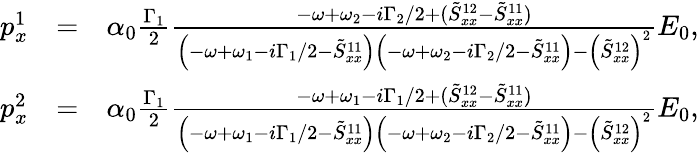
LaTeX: \begin{array}{rlr}{p_{x}^{1}}&{=}&{\alpha_{0}\frac{\Gamma_{1}}{2}\frac{-\omega+\omega_{2}-i\Gamma_{2}/2+(\tilde{S}_{xx}^{12}-\tilde{S}_{xx}^{11})}{\left(-\omega+\omega_{1}-i\Gamma_{1}/2-\tilde{S}_{xx}^{11}\right)\left(-\omega+\omega_{2}-i\Gamma_{2}/2-\tilde{S}_{xx}^{11}\right)-\left(\tilde{S}_{xx}^{12}\right)^{2}}E_{0},}\\ {p_{x}^{2}}&{=}&{\alpha_{0}\frac{\Gamma_{1}}{2}\frac{-\omega+\omega_{1}-i\Gamma_{1}/2+(\tilde{S}_{xx}^{12}-\tilde{S}_{xx}^{11})}{\left(-\omega+\omega_{1}-i\Gamma_{1}/2-\tilde{S}_{xx}^{11}\right)\left(-\omega+\omega_{2}-i\Gamma_{2}/2-\tilde{S}_{xx}^{11}\right)-\left(\tilde{S}_{xx}^{12}\right)^{2}}E_{0},}\end{array}